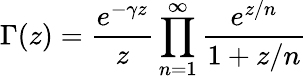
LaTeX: \Gamma(z)={\frac{e^{-\gamma z}}{z}}\prod_{n=1}^{\infty}{\frac{e^{z/n}}{1+z/n}}